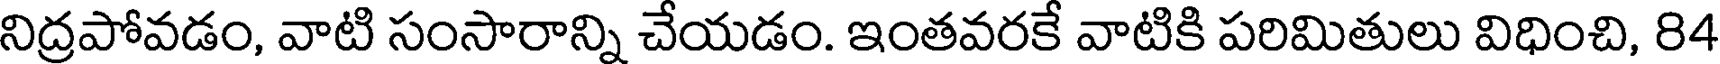
నిద్రపోవడం, వాటి సంసారాన్ని చేయడం. ఇంతవరకే వాటికి పరిమితులు విధించి, 84